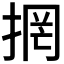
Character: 𭡐